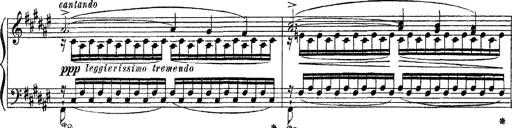
Title: Apparitions
Composer: Franz Liszt